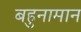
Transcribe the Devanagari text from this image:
बहुनामान